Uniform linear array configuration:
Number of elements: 24
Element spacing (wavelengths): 0.5
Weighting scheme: kaiser
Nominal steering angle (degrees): -30
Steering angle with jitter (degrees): -31.896
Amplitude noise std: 0.05
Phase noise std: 0.05

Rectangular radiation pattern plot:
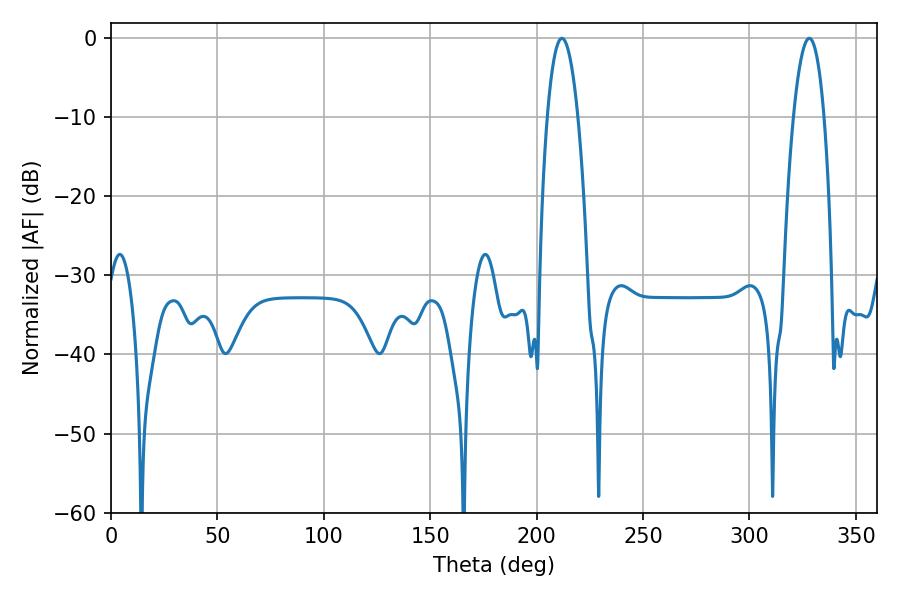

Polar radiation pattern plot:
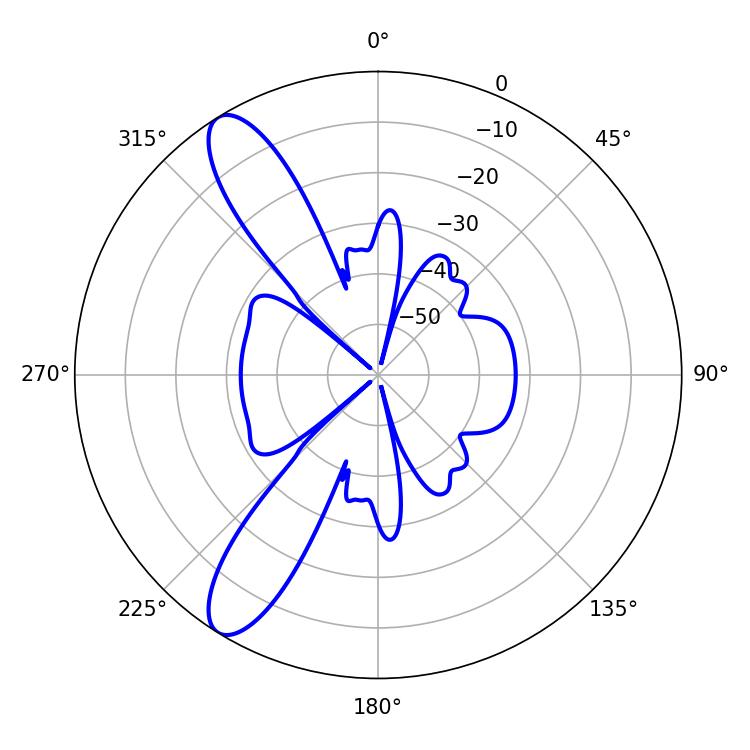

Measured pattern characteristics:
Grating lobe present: FALSE
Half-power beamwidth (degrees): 8.1
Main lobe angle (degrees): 211.86